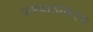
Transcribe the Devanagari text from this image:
पाश्चात्यकरण